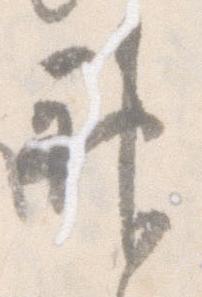
神